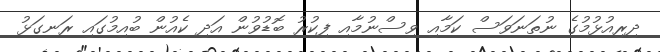
ދިރިއުޅުމުގެ ނުތަނަވަސް ކަމާއި ވިސްނުމާއި ފިކުރު ބޮޑުވުން އަދި ކެއުން ބުއިމުގައި ރަނގަޅު